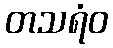
တသရံဝ